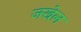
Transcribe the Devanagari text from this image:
जखेल